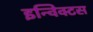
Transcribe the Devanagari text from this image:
इन्विक्टस